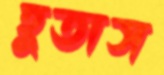
হুতাস